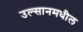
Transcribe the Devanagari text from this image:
उल्सानमधील